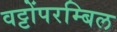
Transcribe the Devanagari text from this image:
वट्टोंपरम्बिल